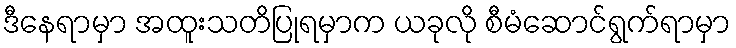
ဒီနေရာမှာ အထူးသတိပြုရမှာက ယခုလို စီမံဆောင်ရွက်ရာမှာ